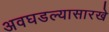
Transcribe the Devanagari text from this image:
अवघडल्यासारखे